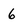
Character: 6